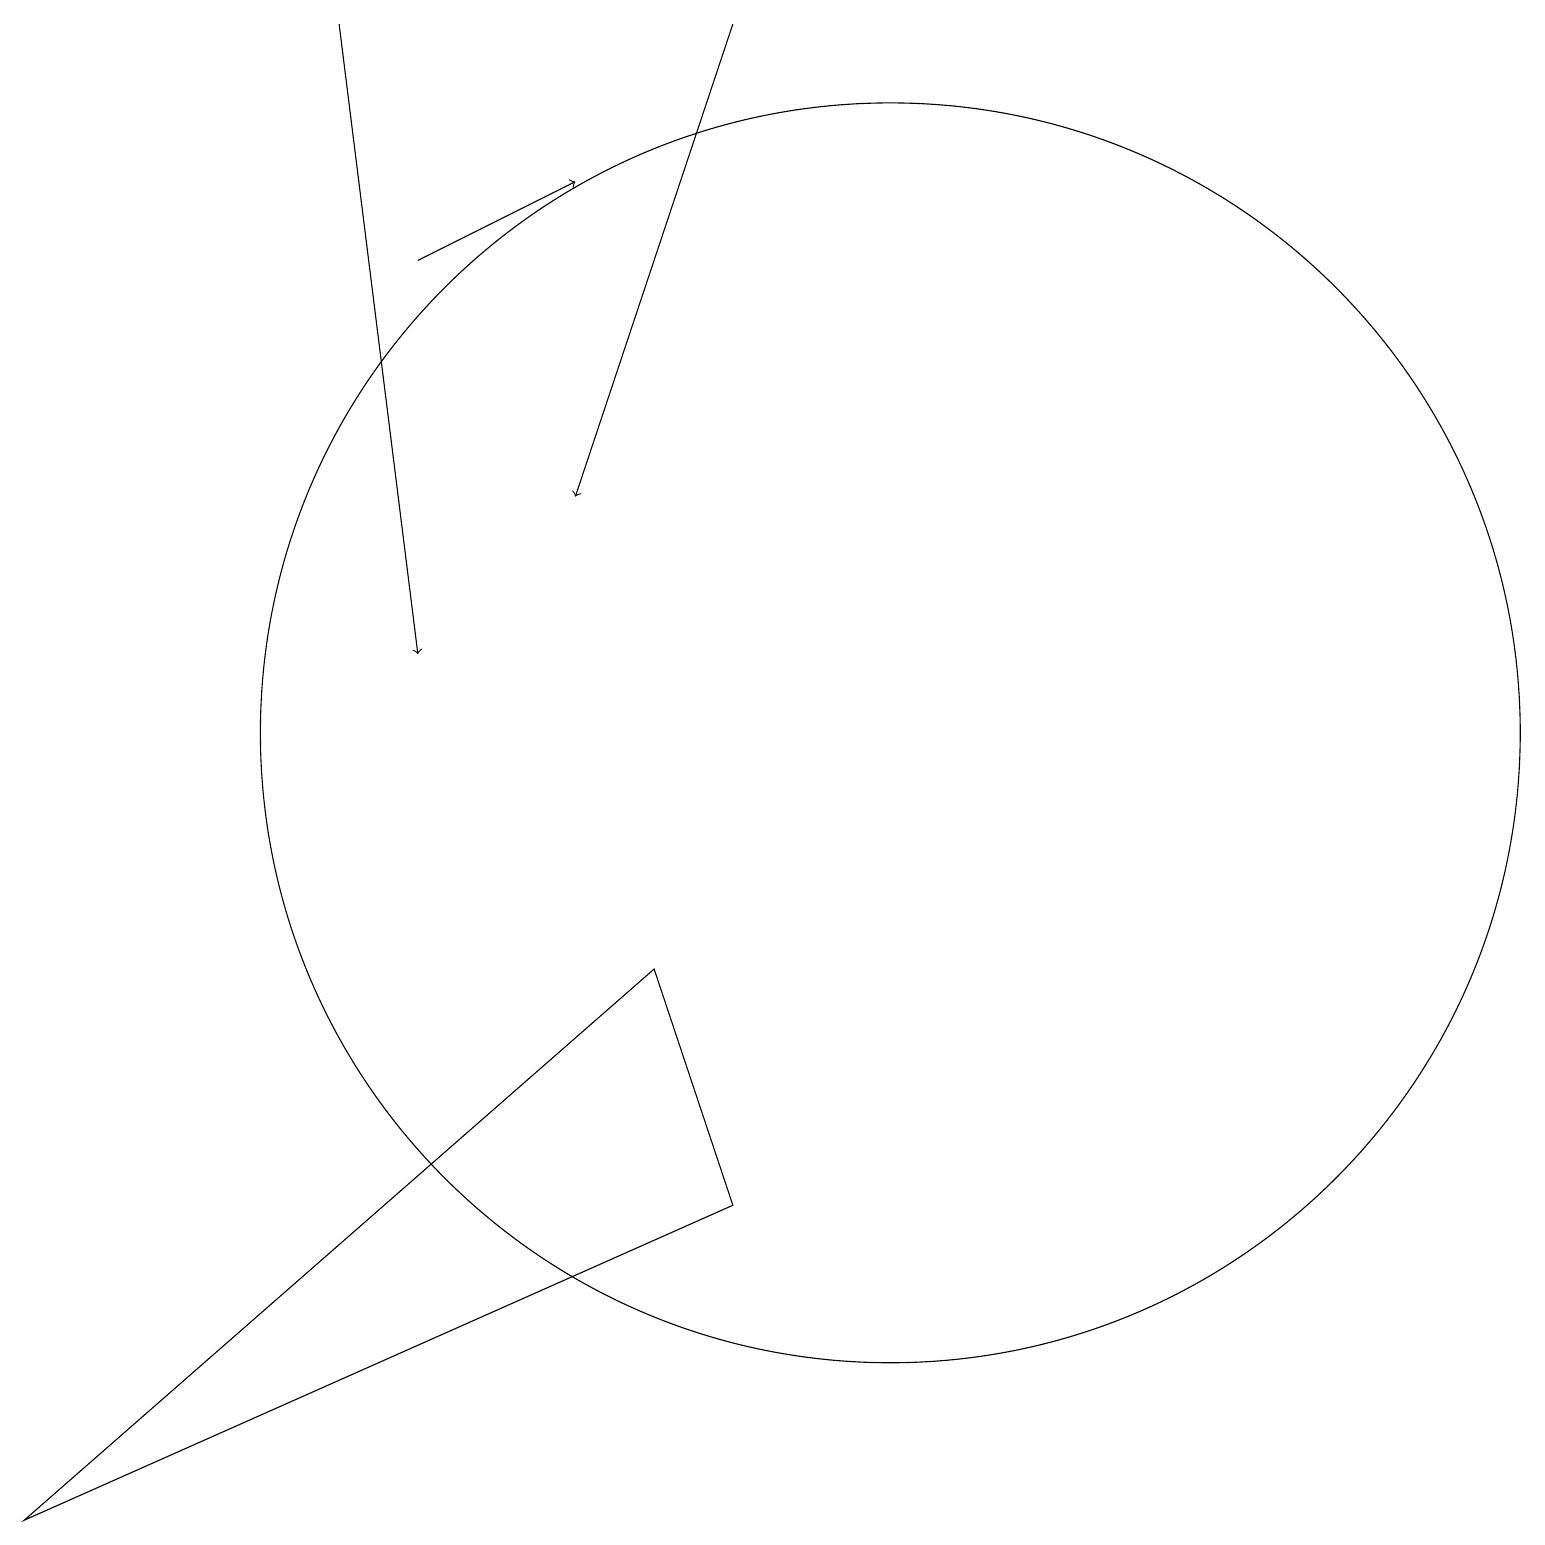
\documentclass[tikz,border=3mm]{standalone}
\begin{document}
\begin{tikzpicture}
\draw[->] (5,16) -- (7,17);
\draw (8,7) -- (0,0) -- (9,4) -- cycle;
\draw[->] (9,19) -- (7,13);
\draw[->] (4,19) -- (5,11);
\draw (11,10) circle (8);
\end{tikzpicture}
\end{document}